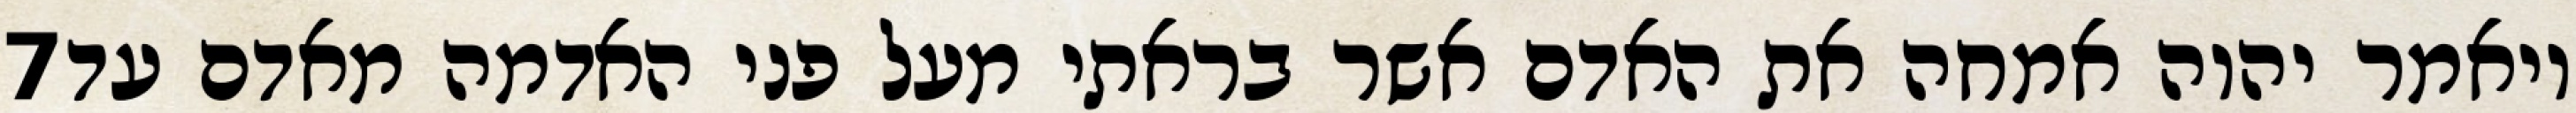
‎7‏ ויאמר יהוה אמחה את האדם אשר בראתי מעל פני האדמה מאדם עד